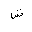
Letter: _shin